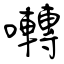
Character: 囀